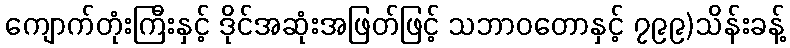
ကျောက်တုံးကြီးနှင့် ဒိုင်အဆုံးအဖြတ်ဖြင့် သဘာဝတောနှင့် ၇၉၉)သိန်းခန့်